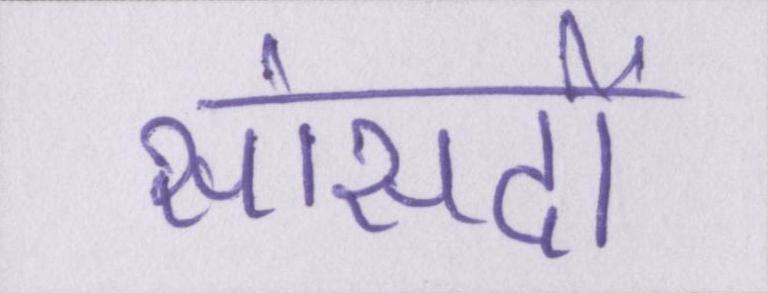
सांसदों